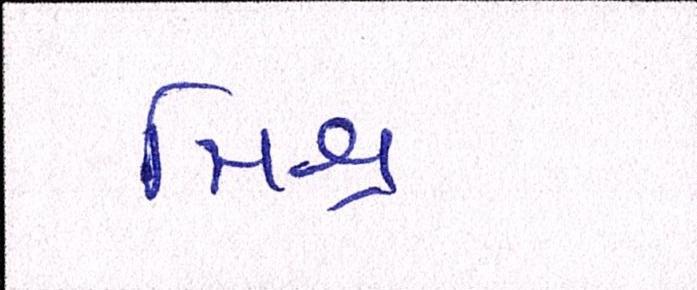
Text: મિશ્ર